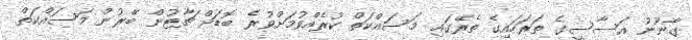
ގާނޫނު އަސާސީގެ ތަރަހައިގެ ތެރޭގައި މަސައްކަތް ކުރެއްވުމަށްވުރެ ބޮޑަށް ޗާޓުން ބޭރުން މަސައްކަތް